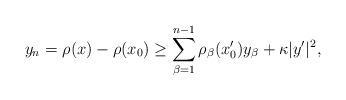
LaTeX: \begin{align*}y_n = \rho (x) - \rho (x_0) \geq \sum_{\beta=1}^{n-1} \rho_\beta (x'_0) y_\beta + \kappa |y'|^2,\end{align*}